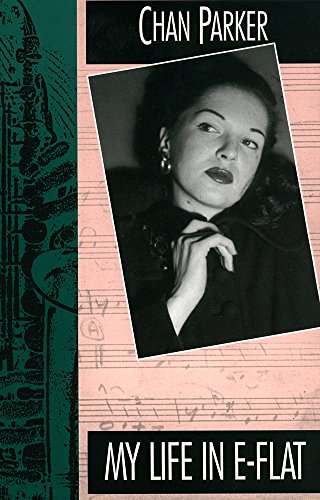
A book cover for My Life in E-flat; Chan Parker; Biographies & Memoirs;